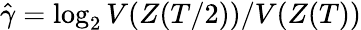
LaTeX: \hat{\gamma}=\log_{2}V(Z(T/2))/V(Z(T))